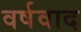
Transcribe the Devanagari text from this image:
वर्षवाद